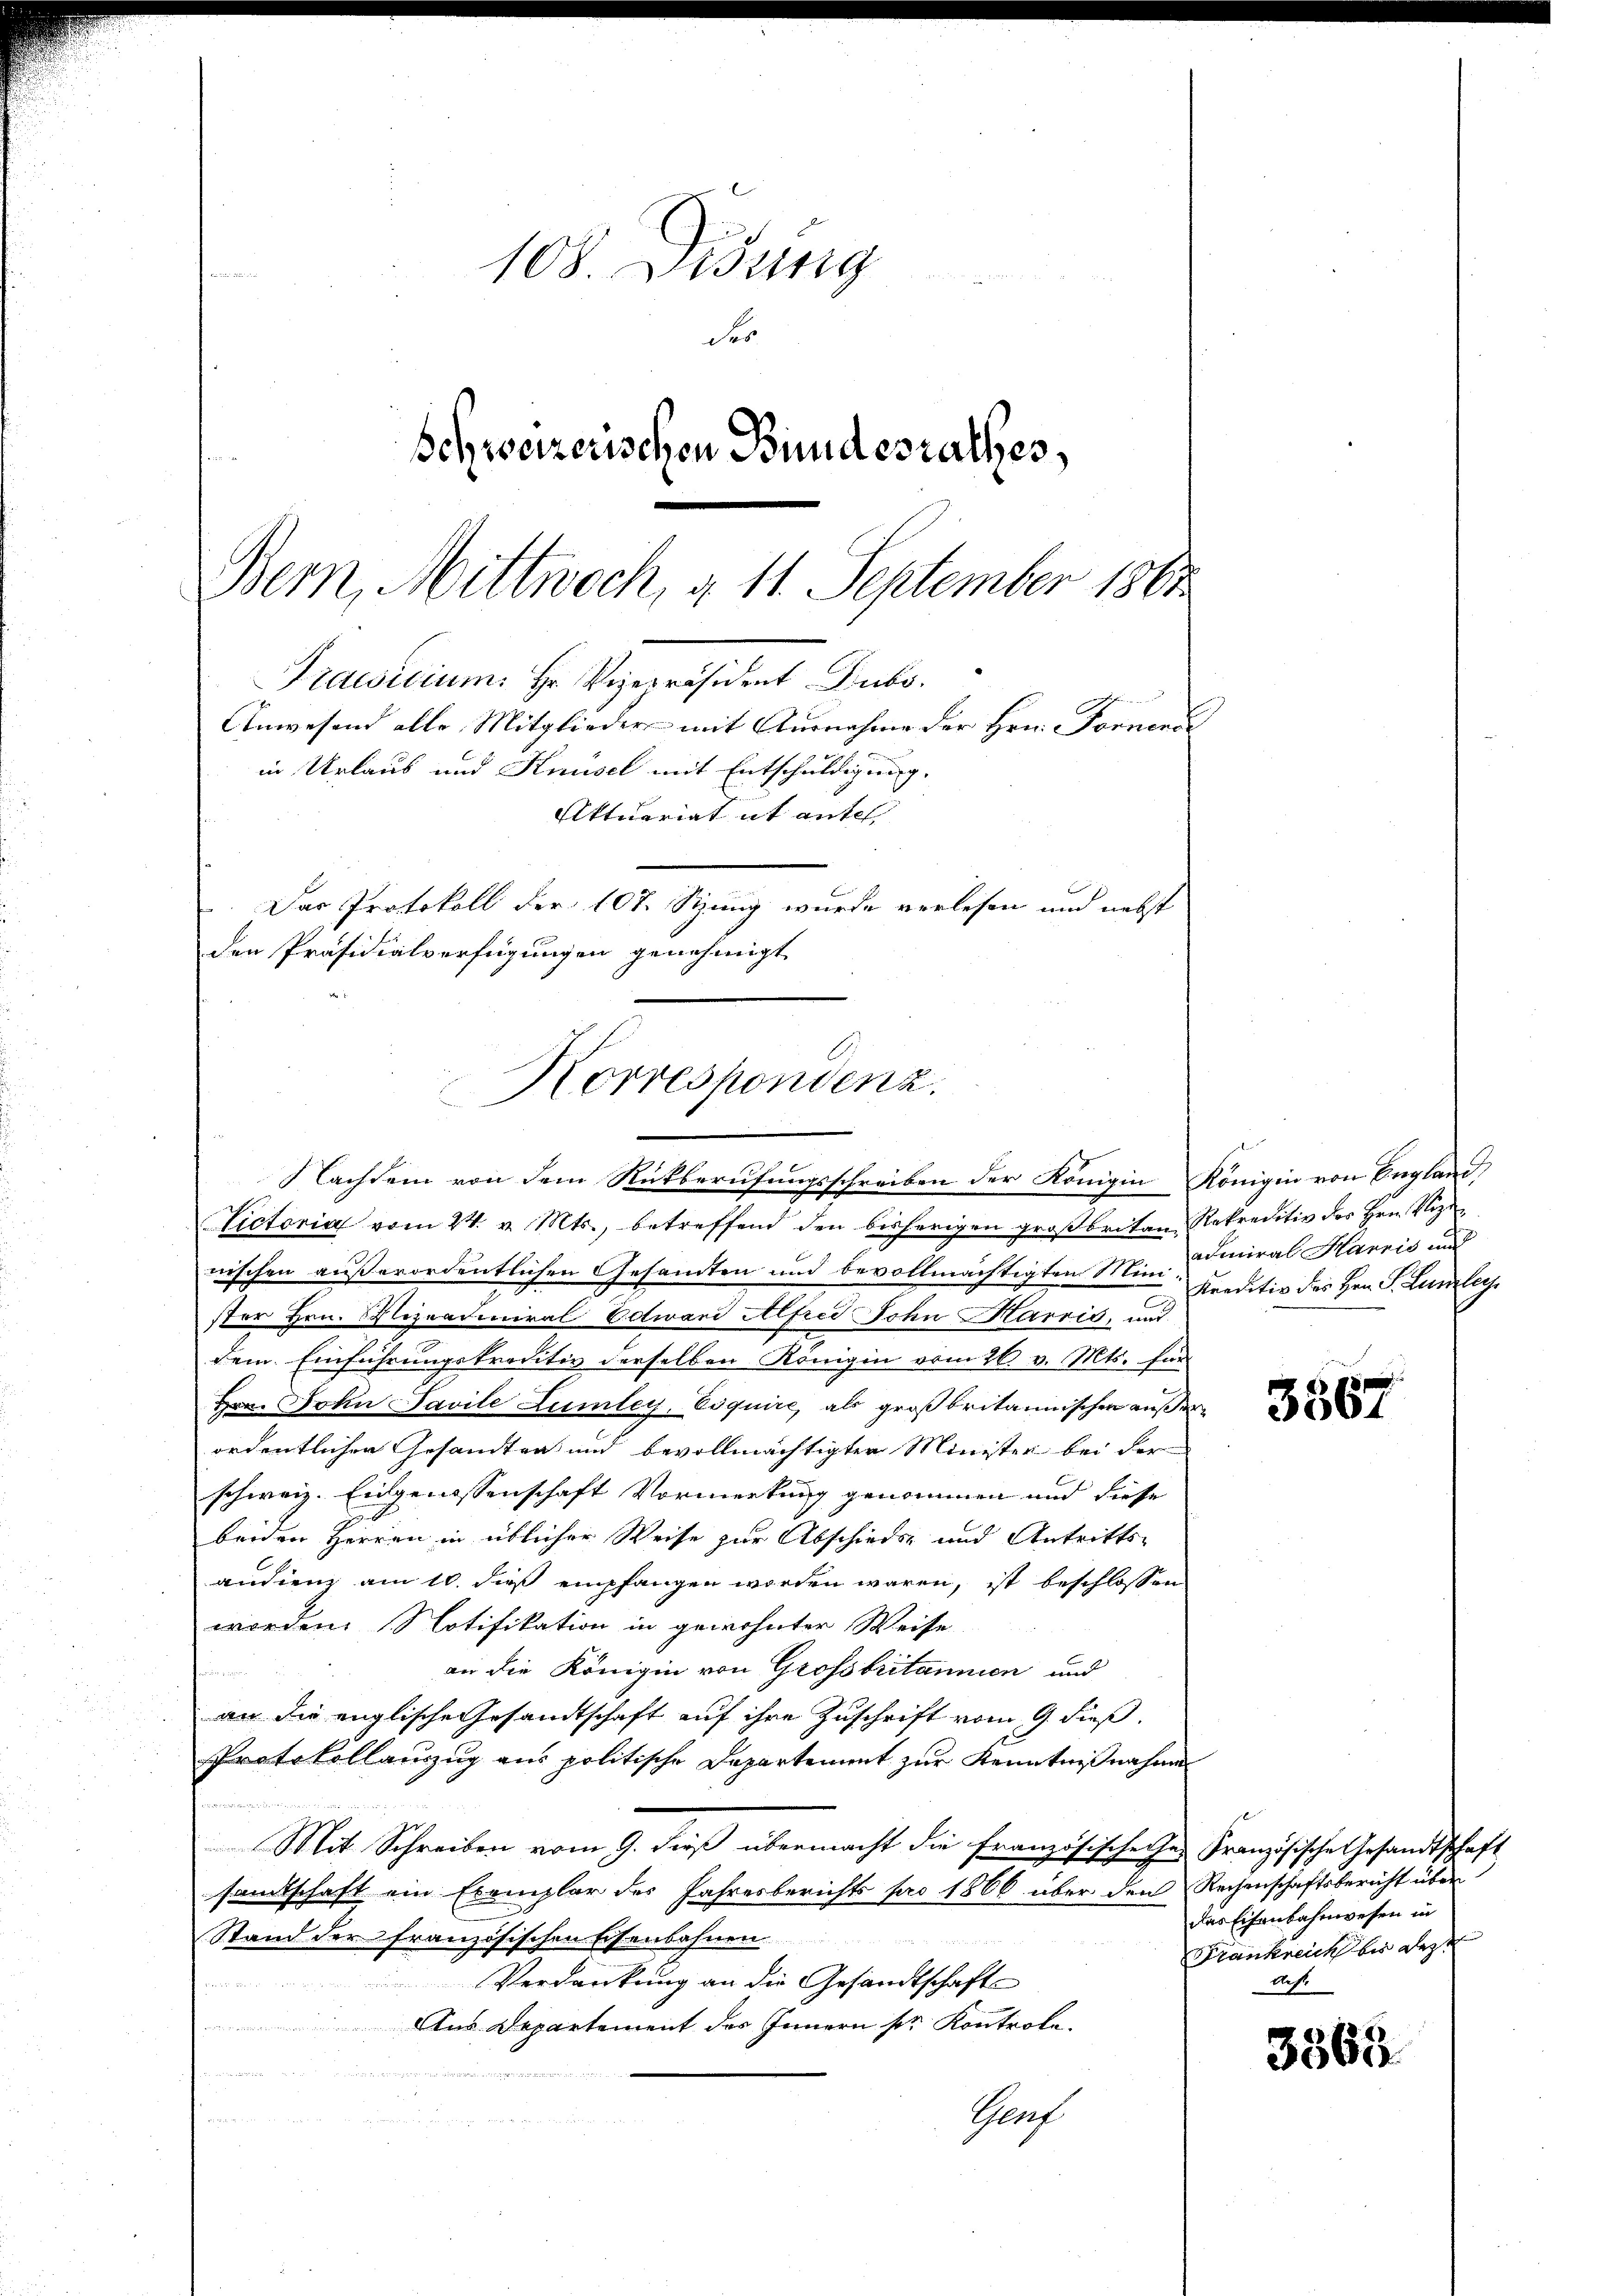
Horrespondenz.
Nachdem von dem Rückberufungsschreiben der Königin Königin von England

108. Disung
der
Schweizerischen Bundesrathes,
Bern, Mittwoch, d. 11. September 1861
Drawidium. Hr. Vizepräsident Dubo.
Anwesend alle Mitglieder mit Ausnahme der Hrn. Formens
in Urlaub und Knüsel mit Entschuldigung.
Aktuariat it antel
Das Protokoll der 107. Stung wurde verlesen und nebst
den Präsidialverfügungen genehmigt.

Victoria vom 24. v. Mts., betreffend den bisherigen großbritan, Rekreditiv des Hrn. Vize
nischen außerordentlichen Gesandten und bevollmächtigten Min- uiniral Harris und
ster Hrn. Nizzatiniral Edward Alfred John Harris, und
dem Einführungskreditiv derselben Königin vom 26. v. Mts. für
Hrn. John Pavile Zumley, Esquire, als großbritannischen außerordentlicher Gesandten und bevollmächtigter Minister bei der
schweiz. Eingenossenschaft Vormerkung genommen und diese
benen Herren in üblicher Weise zur Abschieds- und Antritts-
audienz am 10. dieß empfangen worden wären, ist beschlossen
worden Notifikation in gewohnter Weise
an die Königin von Grossbritannien und
an die englische Gesandtschaft auf ihre Zuschrift vom 9. dieß.
Protokollanzug aus politische Departement zur Kenntnißnahme
uminischen Handere
Mit Schreiben vom 9. dieß übermacht die Französischechen Französische Gesandtschaft
samtschaft ein Exemplar des Jahresberichts pro 1866 über den Rechenschaftsbericht über
Stand der französischen Eisenbahnen.

Verdankung an die Gesandtschaft
u
Aus Departement des Innern pr. Kontrole.
Gerf

Kreditiv des Hrn. S. Lumlers

3567

das Eisenbahnwesen in
Frankreich bei desst
Aeft

3565.